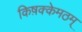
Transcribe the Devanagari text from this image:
किष़क्केमठम्